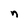
Character: n